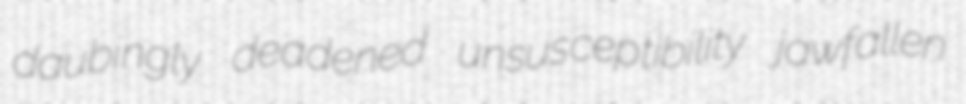
daubingly deadened unsusceptibility jawfallen